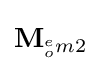
\mathbf {M} _{^{e}_{o}m2}